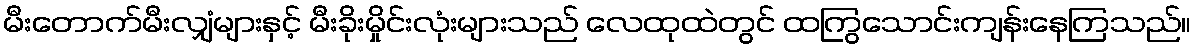
မီးတောက်မီးလျှံများနှင့် မီးခိုးမှိုင်းလုံးများသည် လေထုထဲတွင် ထကြွသောင်းကျန်းနေကြသည်။